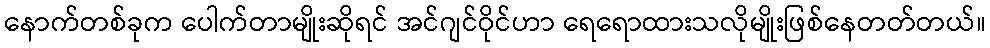
နောက်တစ်ခုက ပေါက်တာမျိုးဆိုရင် အင်ဂျင်ဝိုင်ဟာ ရေရောထားသလိုမျိုးဖြစ်နေတတ်တယ်။